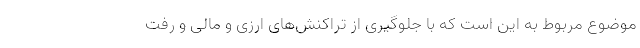
موضوع مربوط به این است که با جلوگیری از تراکنش‌های ارزی و مالی و رفت